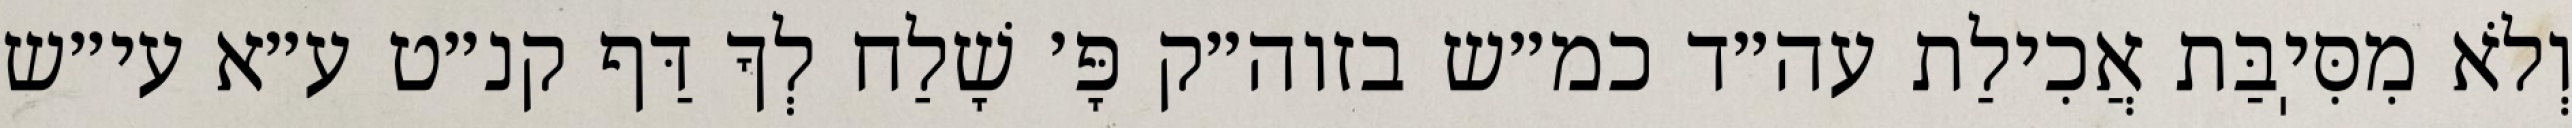
וְלֹא מִסִּיֽבַּת אֲכִילַת עה״ד כמ״ש בזוה״ק פָּ׳ שָׁלַח לְךָ דַּף קנ״ט ע״א עי״ש